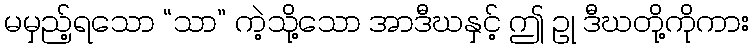
မမှည့်ရသော “သာ” ကဲ့သို့သော အာဒီဃနှင့် ဤ ဥု ဒီဃတို့ကိုကား